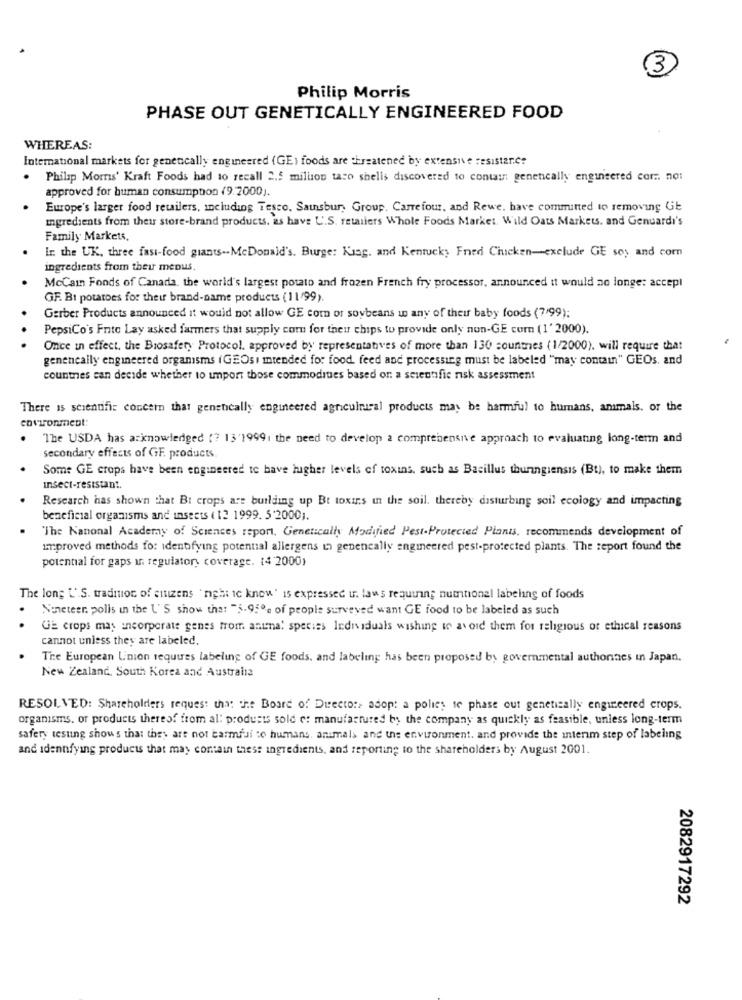
3
Philip Morris
PHASE OUT GENETICALLY ENGINEERED FOOD
WHEREAS:
International markets for genencally engineered (GE) foods are threatened by extensive resistance
. Philip Morris' Kraft Foods had to recall 2.5 million taco shells discovered to contain genetically engineered cor .. no:
approved for human consumption (9.2000).
Europe's larger food retailers, including Tesco. Sausbur, Group, Carrefour, and Rewe, have committed to removing GE
mgredients from their store-brand products, as have U.S. retailers Whole Foods Market, Wild Oats Markets. and Genuardi's
Family Markets.
In the UK, three fast-food giants -- McDonald's. Burger King. and Kentucky Fried Chicken-exclude GE soy and com
ingredients from their menus.
McCain Fonds of Canada, the world's largest potato and frozen French fry processor, announced it would ao longe: accept
GF. BI potatoes for their brand-name products (11/99).
Gerber Products announced it would not allow GE com or soybeans in any of their baby foods (7/99):
PepsiCo's Frito Lay asked farmers that supply com for theu chips to provide only nun-GE com (1' 2000).
.. .
Once in effect, the Biosafety Protocol. approved by representatives of more than 130 countnes (1/2000). will require that
genencally engineered organisms (GEOsi intended for food, feed and processing must be labeled "may contain" GEOs. and
countnes can decide whether to import those commodities based or: a scientific risk assessment
There is scientific concern that genetically engineered agricultural products may be harmful to humans, ammals. or the
covironment:
.
The USDA has acknowledged (? 13'1999; the need to develop a comprehensive approach to evaluanng long-term and
secondary effects of GF. products.
Some GE crops have been engineered to have lugher levels of toxins, such as Bacillus thuringiensis (Bt), to make them
Insect-resistant.
Research has shown that Bi crops are building up Bt toxis in the soil, thereby disturbing soil ecology and impacting
beneficial organisms and insects (12 1999. 5'2000).
"The Nanonal Academy of Sciences report, Genetically Modified Pest-Protected Plants, recommends development of
Improved methods for identifying potential allergens in genencally engineered pest-protected plants. The report found the
potential for gaps in regulatory coverage. 14 2000)
The long [' S. tradition of citizens 'night ic know' is expressed u. laws requiring numtional labeling of foods
Noneteer, polls in the U'S show that "5-95% of people surveyed want GE food to be labeled as such
..
UE crops may incorporate genes from animal species Individuals wishing to avoid them for religious of ethical reasons
cannot unless they are labeled,
The European L'nion requires labeling of GE foods, and labeling has been proposed by governmental authorities in Japan.
New Zealand, South Korea and Austrains
RESOLVED: Shareholders request that the Board of Director, adop: a polies se phase out genetically engineered crops.
organisms. or products thereof from al: products sold of manufactured by the company as quickly as feasible, unless long-term
safery tesung shows that they are not harmful to humans, animals and the environment. and provide the interim step of labeling
and idennfying products that may contain these ingredients, and reporting to the shareholders by August 2001.
2082917292